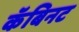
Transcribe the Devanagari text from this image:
कॅबिनट